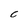
Character: c